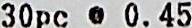
30PC @ 0.45